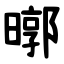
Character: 㬑